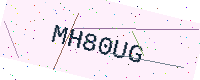
Text: MH80UG